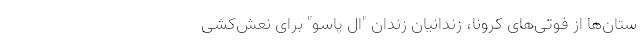
ستان‌ها از فوتی‌های کرونا، زندانیان زندان "ال پاسو" برای نعش‌کشی